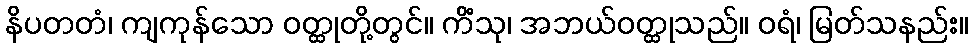
နိပတတံ၊ ကျကုန်သော ဝတ္ထုတို့တွင်။ ကိံသု၊ အဘယ်ဝတ္ထုသည်။ ဝရံ၊ မြတ်သနည်း။